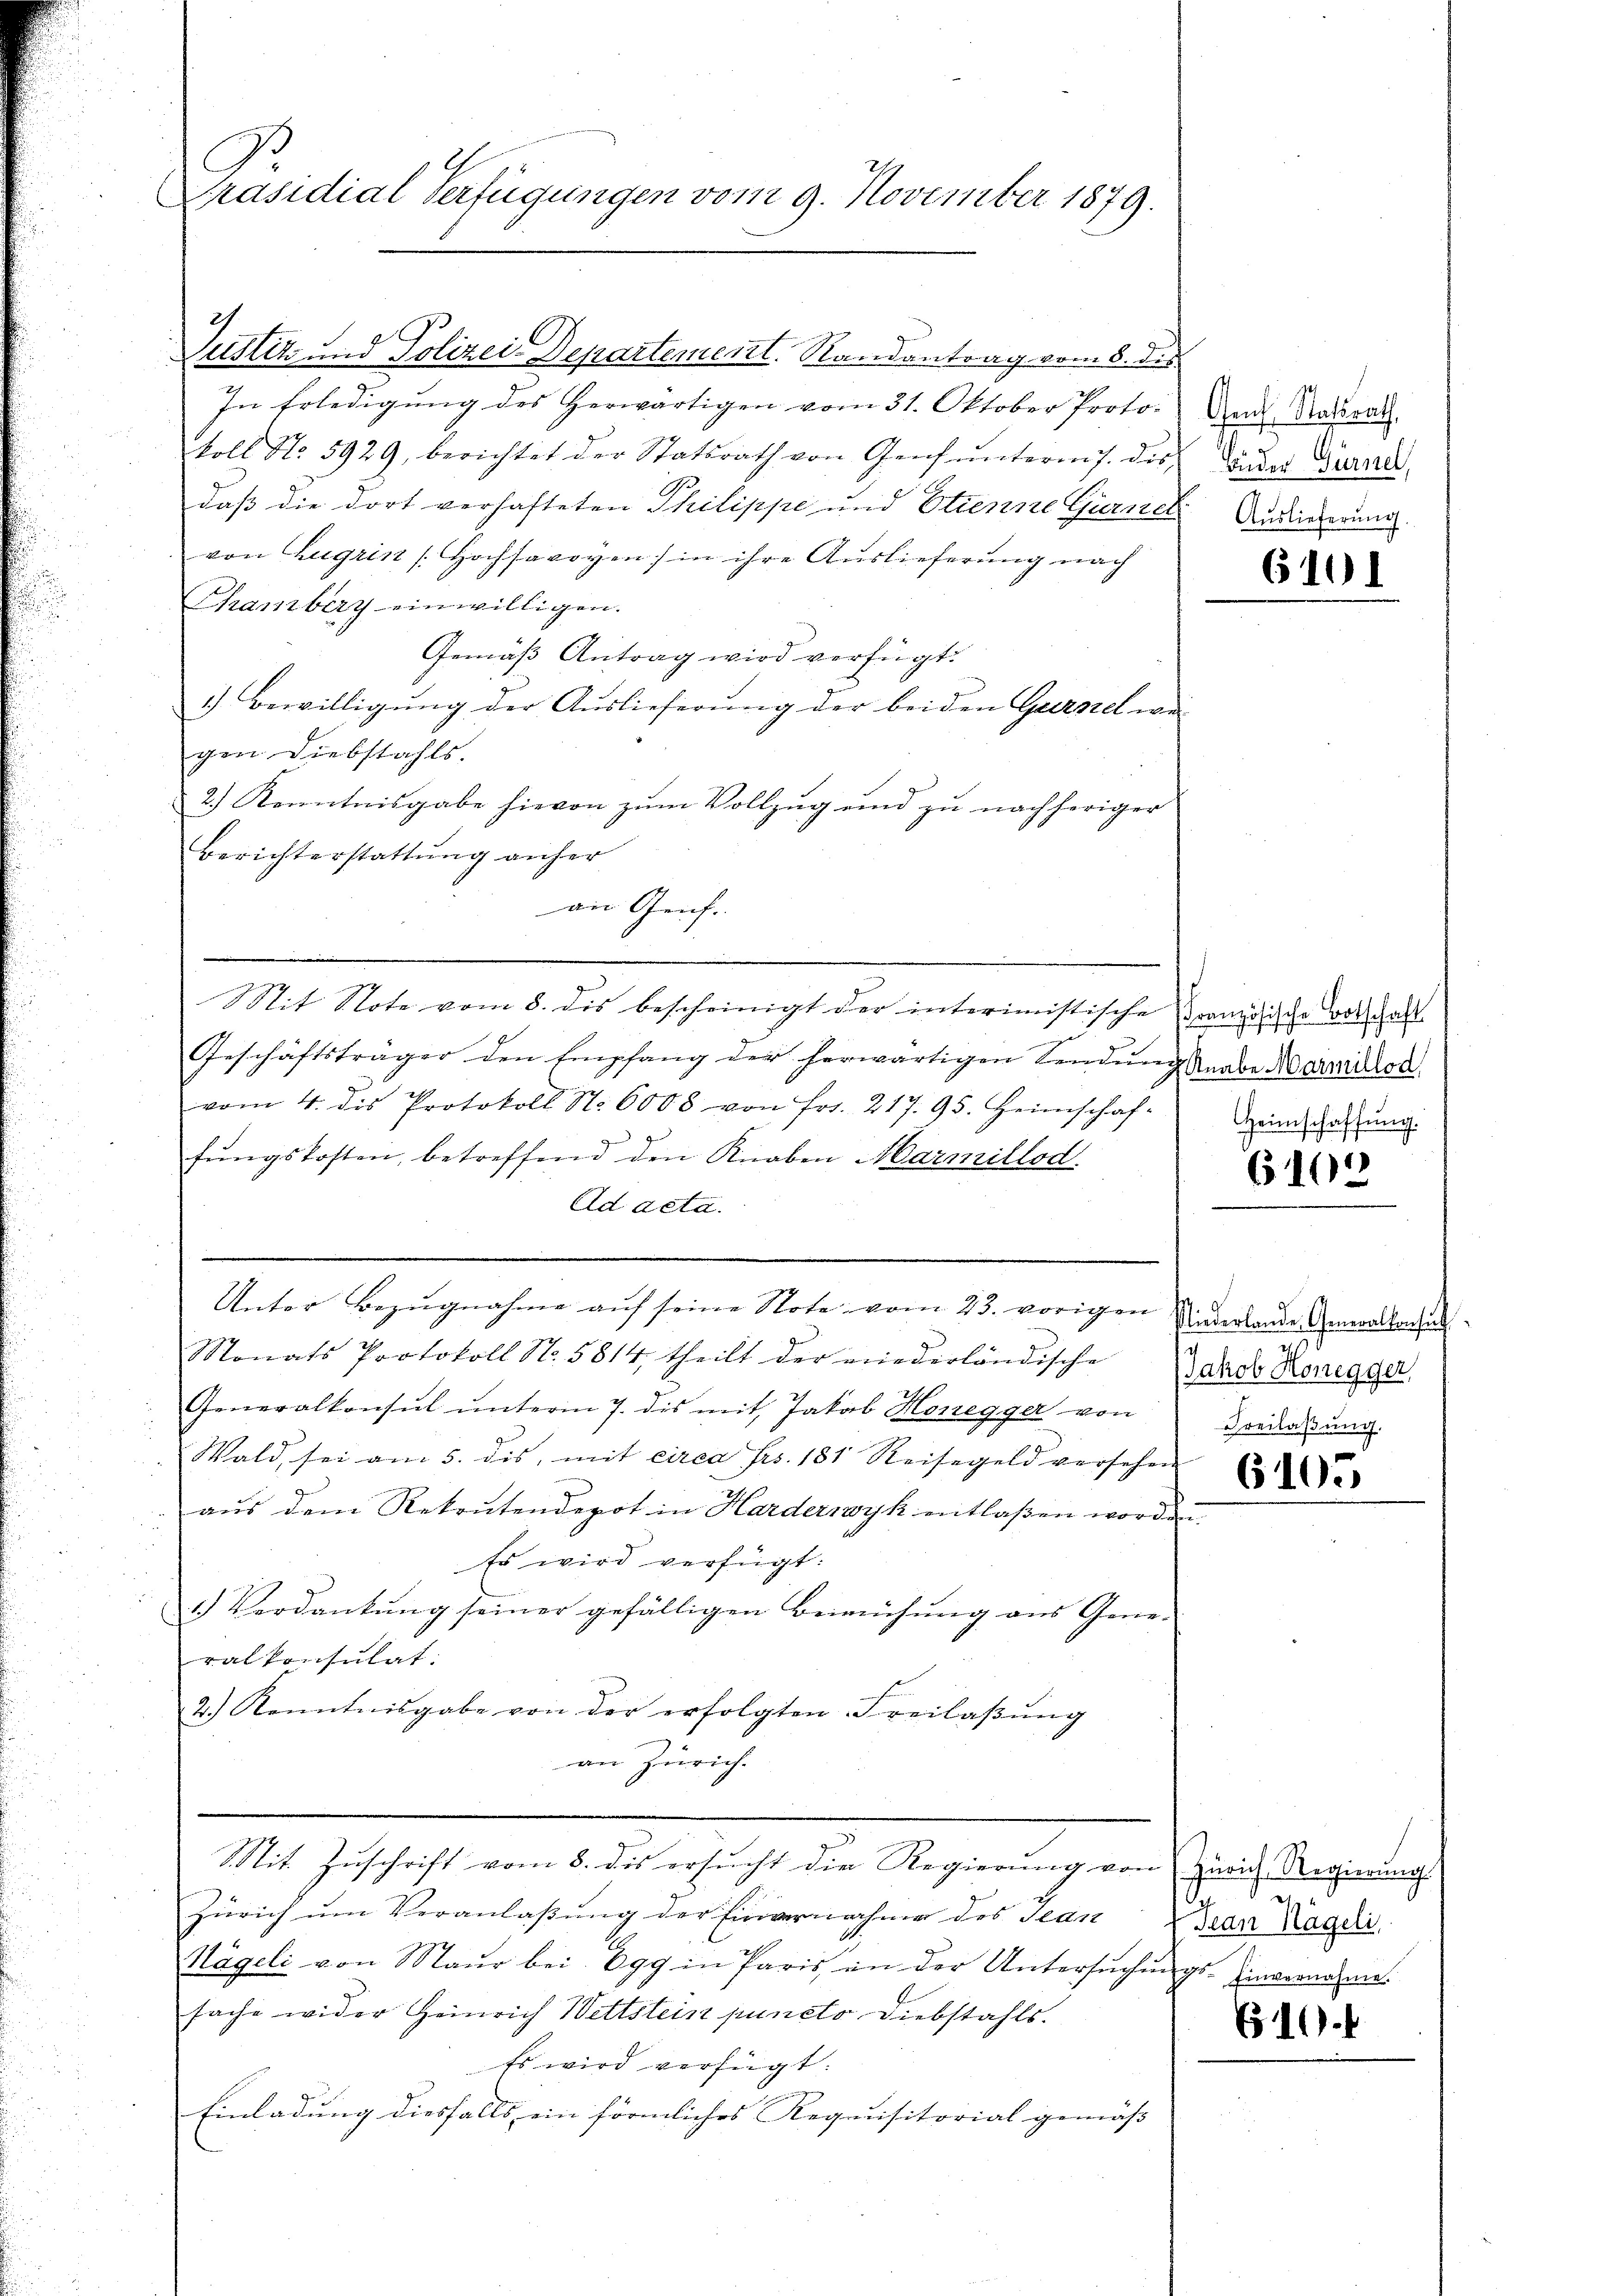
Präsidial Verfügungen vom 9. November 1879.

Justiz und Polizei Departementl. Randantrag vom 8. des
In Erledigŭng des Herwärtigen vom 31. Oktober Proto-
koll No. 5929, berichtet der Statsrath von Genf ŭnteres. des dann Grund-
daß die dort verhafteten Philippe und Etienne Gurner Auslieferung
von Zugrin Hochsavoyen / in ihre Auslieferung nach
Chamberg einwilligen.
Gemäß Antrag wird verfügt:
1) Bewilligung der Auslieferung der beiden Gurnel wegen Diebstahls.
2.) Kenntnisgabe hievon zum Vollzug und zu nachheriger
Berichterstattung anher

Sit Note vom 8. dis bescheinigt der interimistische
Geschäftsträger den Empfang der herwärtigen Sendung Knabe Marillon
vom 4. des Protokoll S. 6000 von frs. 217. 95. Heimschaf-
fŭngskosten, betreffend den Knaben Marmillod
Ad acta.
Unter Bezŭgnahme aŭf seine Note vom 23. vorigen
Monats Protokoll No. 5814, theilt der niederländische
Generalkonsul ŭnterm 7. dis mit Jakob Honegger von
Wald, sei am 5. dis, mit circa Frs. 181 Reisegeld versehen
aus dem Rekrutendepot in Harderwyk entlaßen worde
Es wird verfügt:
1.) Verdankŭng seiner gefälligen Beimühŭng ans Gene-
ralkonsulat:
2.) Kenntnisgabe von der erfolgten Freilaβŭng
an Zürich.
Mit Zuschrift vom 8. dis ersucht die Regierung von Zürich Regierungs
Zürich um Veranlaßung der Einvernahme des Stan
Nägeli von Maur bei. Egg in Paris in der Untersŭchŭngs-Einvernahme.
sache wider Heinrich Wettstein puncto Diebstahls.
Es wird verfügt:
Einladung diesfalls ein förmliches Requisitorial gemäss |

an Genf.

Genf, Statsrath,

6101

Französische Botschaft
Heimschaffung.

6102

Niederlande Generalkonsul
Jakob Honegger,
Freilaßung.

6105

g
5
Jean Nägeli,

610.